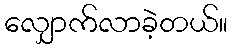
လျှောက်လာခဲ့တယ်။